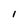
Character: l